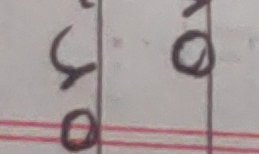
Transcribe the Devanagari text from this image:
qो भो